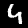
Digit: 4